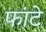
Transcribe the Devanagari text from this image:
फांटे